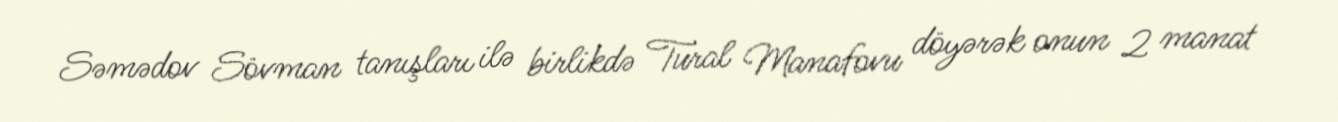
Səmədov Sövman tanışları ilə birlikdə Tural Manafovu döyərək onun 2 manat